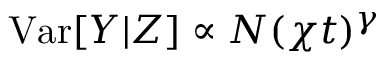
\mathrm { V a r } [ Y | Z ] \propto N ( \chi t ) ^ { \gamma }